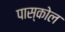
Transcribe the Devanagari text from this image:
पास्कोल